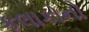
કલાકોનો